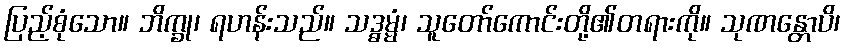
ပြည့်စုံသော။ ဘိက္ခု၊ ရဟန်းသည်။ သဒ္ဓမ္မံ၊ သူတော်ကောင်းတို့၏တရားကို။ သုဏန္တောပိ၊